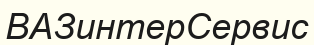
ВАЗинтерСервис